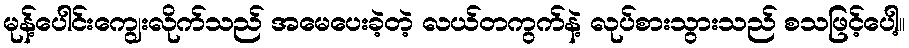
မုန့်ပေါင်းကျွေးလိုက်သည် အမေပေးခဲ့တဲ့ လယ်တကွက်နဲ့ လုပ်စားသွားသည် စသဖြင့်ပေါ့။